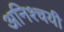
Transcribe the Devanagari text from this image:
अनिश्चयी